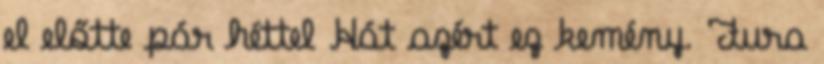
el előtte pár héttel Hát azért ez kemény. Fura